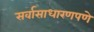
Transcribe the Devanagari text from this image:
सर्वासाधारणपणे